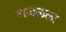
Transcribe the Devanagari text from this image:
गजलला